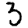
Digit: 3